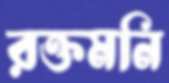
রক্তমনি